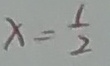
x = \frac { 1 } { 2 }